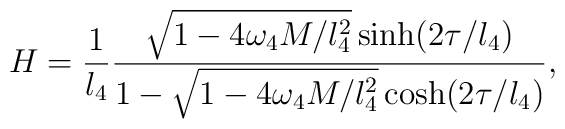
H  =\frac{1}{l_4}\frac{\sqrt{1-4\omega_4 M/l_4^2}\sinh(2\tau/l_4)}    {1-\sqrt{1-4\omega_4M/l_4^2}\cosh(2\tau/l_4)},